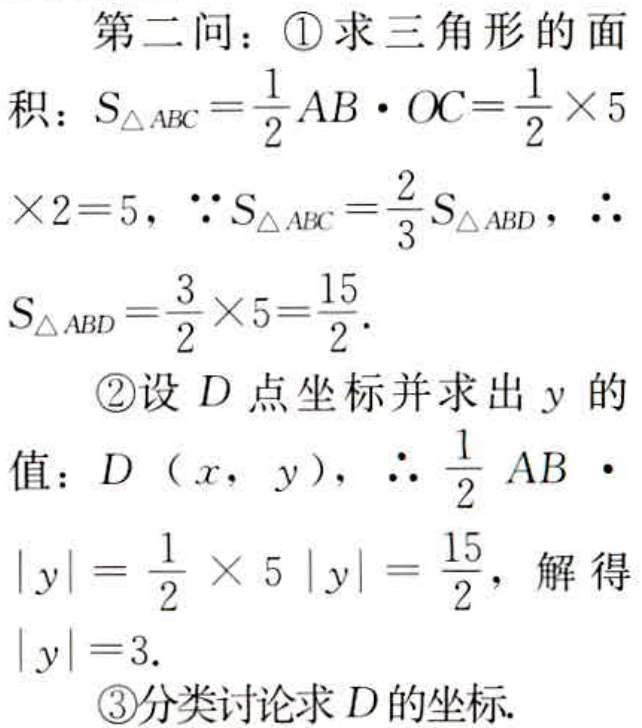
第二问：\textcircled{1}求三角形的面积：\(S_{\triangle ABC}=\frac{1}{2}AB\cdot OC=\frac{1}{2}\times5\times2 = 5\)，\(\because S_{\triangle ABC}=\frac{2}{3}S_{\triangle ABD}\)，\(\therefore S_{\triangle ABD}=\frac{3}{2}\times5=\frac{15}{2}\)。
\textcircled{2}设\(D\)点坐标并求出\(y\)的值：\(D(x,y)\)，\(\therefore\frac{1}{2}AB\cdot|y|=\frac{1}{2}\times5|y|=\frac{15}{2}\)，解得\(|y| = 3\)。
\textcircled{3}分类讨论求\(D\)的坐标.